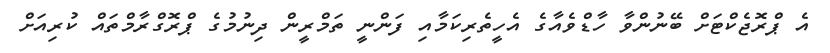
އެ ޕްރޮޖެކްޓަށް ބޭނުންވާ ހާޑްވެއާގެ އެހީތެރިކަމާއި ފަންނީ ތަމްރީން ދިނުމުގެ ޕްރޮގްރާމްތައް ކުރިއަށް